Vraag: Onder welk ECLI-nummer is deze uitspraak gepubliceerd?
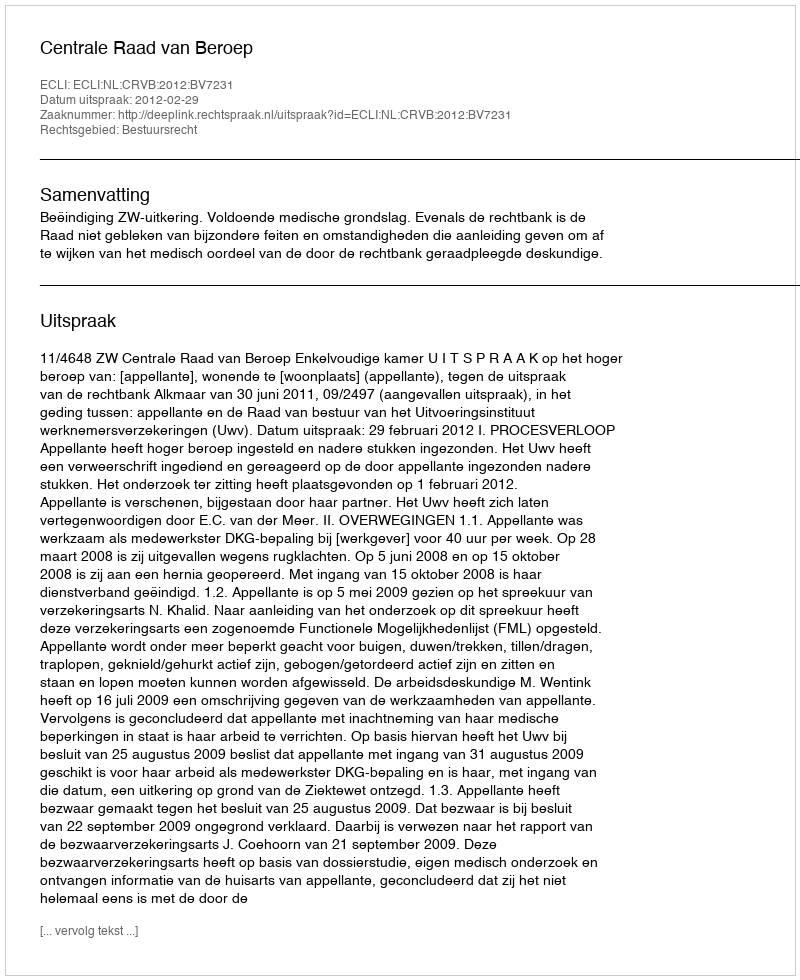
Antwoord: ECLI:NL:CRVB:2012:BV7231